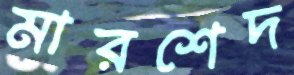
মারশেদ